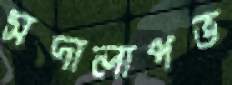
সদালাপভ